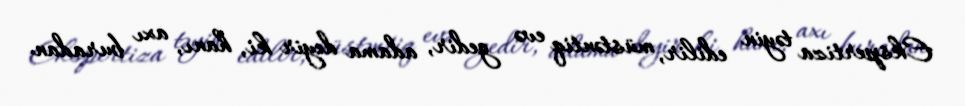
Ekspertiza təyin edilir, müstəntiq evə gedir, adama deyir ki, hanı, axı buradan